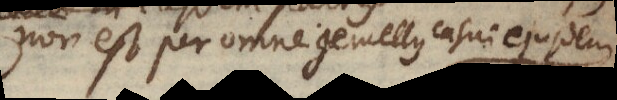
non est per omne gemellus casui ejusdem